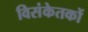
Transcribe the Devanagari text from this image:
विसंकेतकों